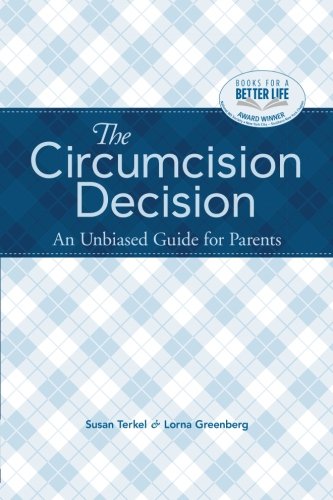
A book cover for The Circumcision Decision: An Unbiased Guide for Parents; Susan Terkel; Medical Books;